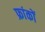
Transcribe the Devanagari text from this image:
फ्रांकों